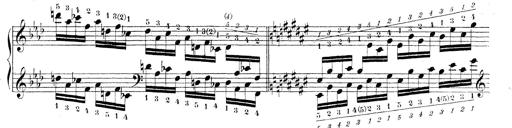
Title: Technische Studien
Composer: Franz Liszt